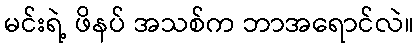
မင်းရဲ့ ဖိနပ် အသစ်က ဘာအရောင်လဲ။